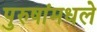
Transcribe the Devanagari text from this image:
पुरुषांमधले